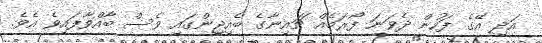
އަދި އޭގެ ފަހުން ދެވަނަ ފޯރަމެއް ޗައިނާގެ ބެއިޖިންގައި ވެސް ބާއްވާފައިވެ އެވެ.